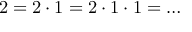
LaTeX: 2 = 2 \cdot 1 = 2 \cdot 1 \cdot 1 = \ldots